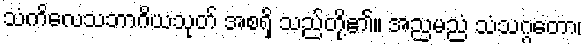
သံကိလေသဘာဂိယသုတ် အစရှိ သည်တို့၏။ အညမညံ သံသဂ္ဂတော၊